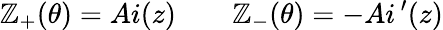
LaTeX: \mathbb{Z}_{+}(\theta)=Ai(z)\qquad\mathbb{Z}_{-}(\theta)=-Ai\, ^{\prime}(z)